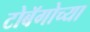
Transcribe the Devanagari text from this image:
टोबॅगोच्या